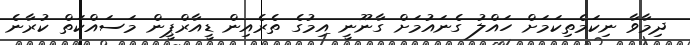
ދިމާވާ ނިކަމެތިކަމަށް ހައްލު ގެނައުމަށް ގާނޫނީ އިމުގެ ތެރެއިން ޑީއާރްޕީން މަސައްކަތް ކުރާނެ